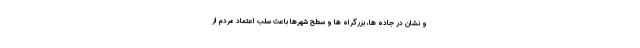
و نشان در جاده ها، بزرگراه ها و سطح شهرها باعث سلب اعتماد مردم از